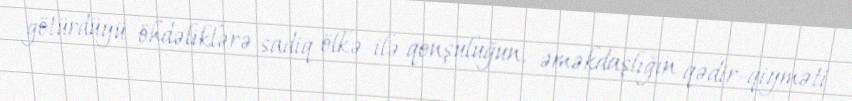
götürdüyü öhdəliklərə sadiq ölkə ilə qonşuluğun, əməkdaşlığın qədir-qiyməti